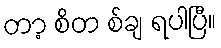
တာ့ စိတ စ်ချ ရပါပြီ။